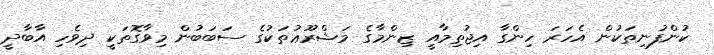
ކުންފުނިތަކުން އެހަރަ ހިންގާ އިޖުތިމާއީ ޒިންމާގެ މަޝްރޫޢުތަކުގެ ސަބަބުން މިވާގޮތަކީ ދިވެހި އާބާދީ